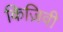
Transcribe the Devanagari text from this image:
किज़िवी